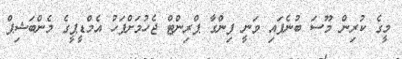
މީގެ ކުރިން މޫސަ ބުނެފައި ވަނީ ފިންގާ ޕްރިންޓް ޖެހުމަށްފަހު އެމްޑީޕީގެ މެންބަޝިޕް